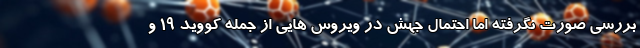
بررسی صورت نگرفته اما احتمال جهش در ویروس هایی از جمله کووید ۱۹ و